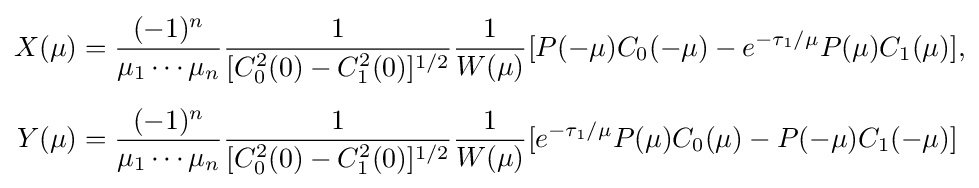
{\begin{aligned}X(\mu )&={\frac {(-1)^{n}}{\mu _{1}\cdots \mu _{n}}}{\frac {1}{[C_{0}^{2}(0)-C_{1}^{2}(0)]^{1/2}}}{\frac {1}{W(\mu )}}[P(-\mu )C_{0}(-\mu )-e^{-\tau _{1}/\mu }P(\mu )C_{1}(\mu )],\\[5pt]Y(\mu )&={\frac {(-1)^{n}}{\mu _{1}\cdots \mu _{n}}}{\frac {1}{[C_{0}^{2}(0)-C_{1}^{2}(0)]^{1/2}}}{\frac {1}{W(\mu )}}[e^{-\tau _{1}/\mu }P(\mu )C_{0}(\mu )-P(-\mu )C_{1}(-\mu )]\end{aligned}}